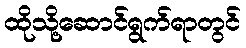
ထိုသို့ဆောင်ရွက်ရာတွင်